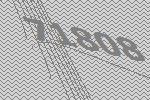
71808